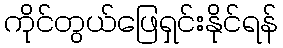
ကိုင်တွယ်ဖြေရှင်းနိုင်ရန်